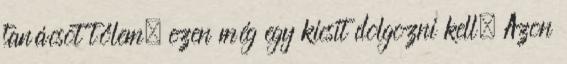
tanácsot tőlem, ezen még egy kicsit dolgozni kell. Azon